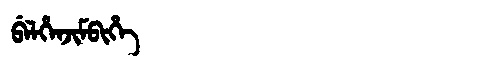
Manchu: ᠪᡝᠯᡥᡝᠨᠵᡳᠮᠪᡳᡥᡝ
Romanization: BELHENJIMBIHE